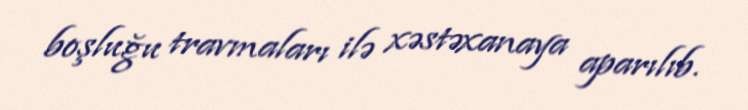
boşluğu travmaları ilə xəstəxanaya aparılıb.